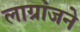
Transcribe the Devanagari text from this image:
लाग्रांजने